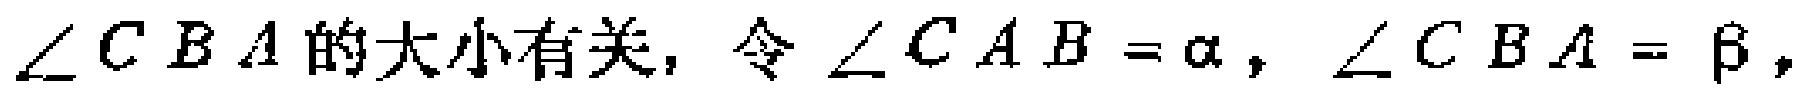
$\angle CBA的大小有关，令\angle CAB = \alpha，\angle CBA = \beta，$